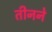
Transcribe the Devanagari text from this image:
तीनने